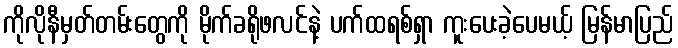
ကိုလိုနီမှတ်တမ်းတွေကို မိုက်ခရိုဖလင်နဲ့ ပက်ထရစ်ရှာ ကူးပေးခဲ့ပေမယ့် မြန်မာပြည်